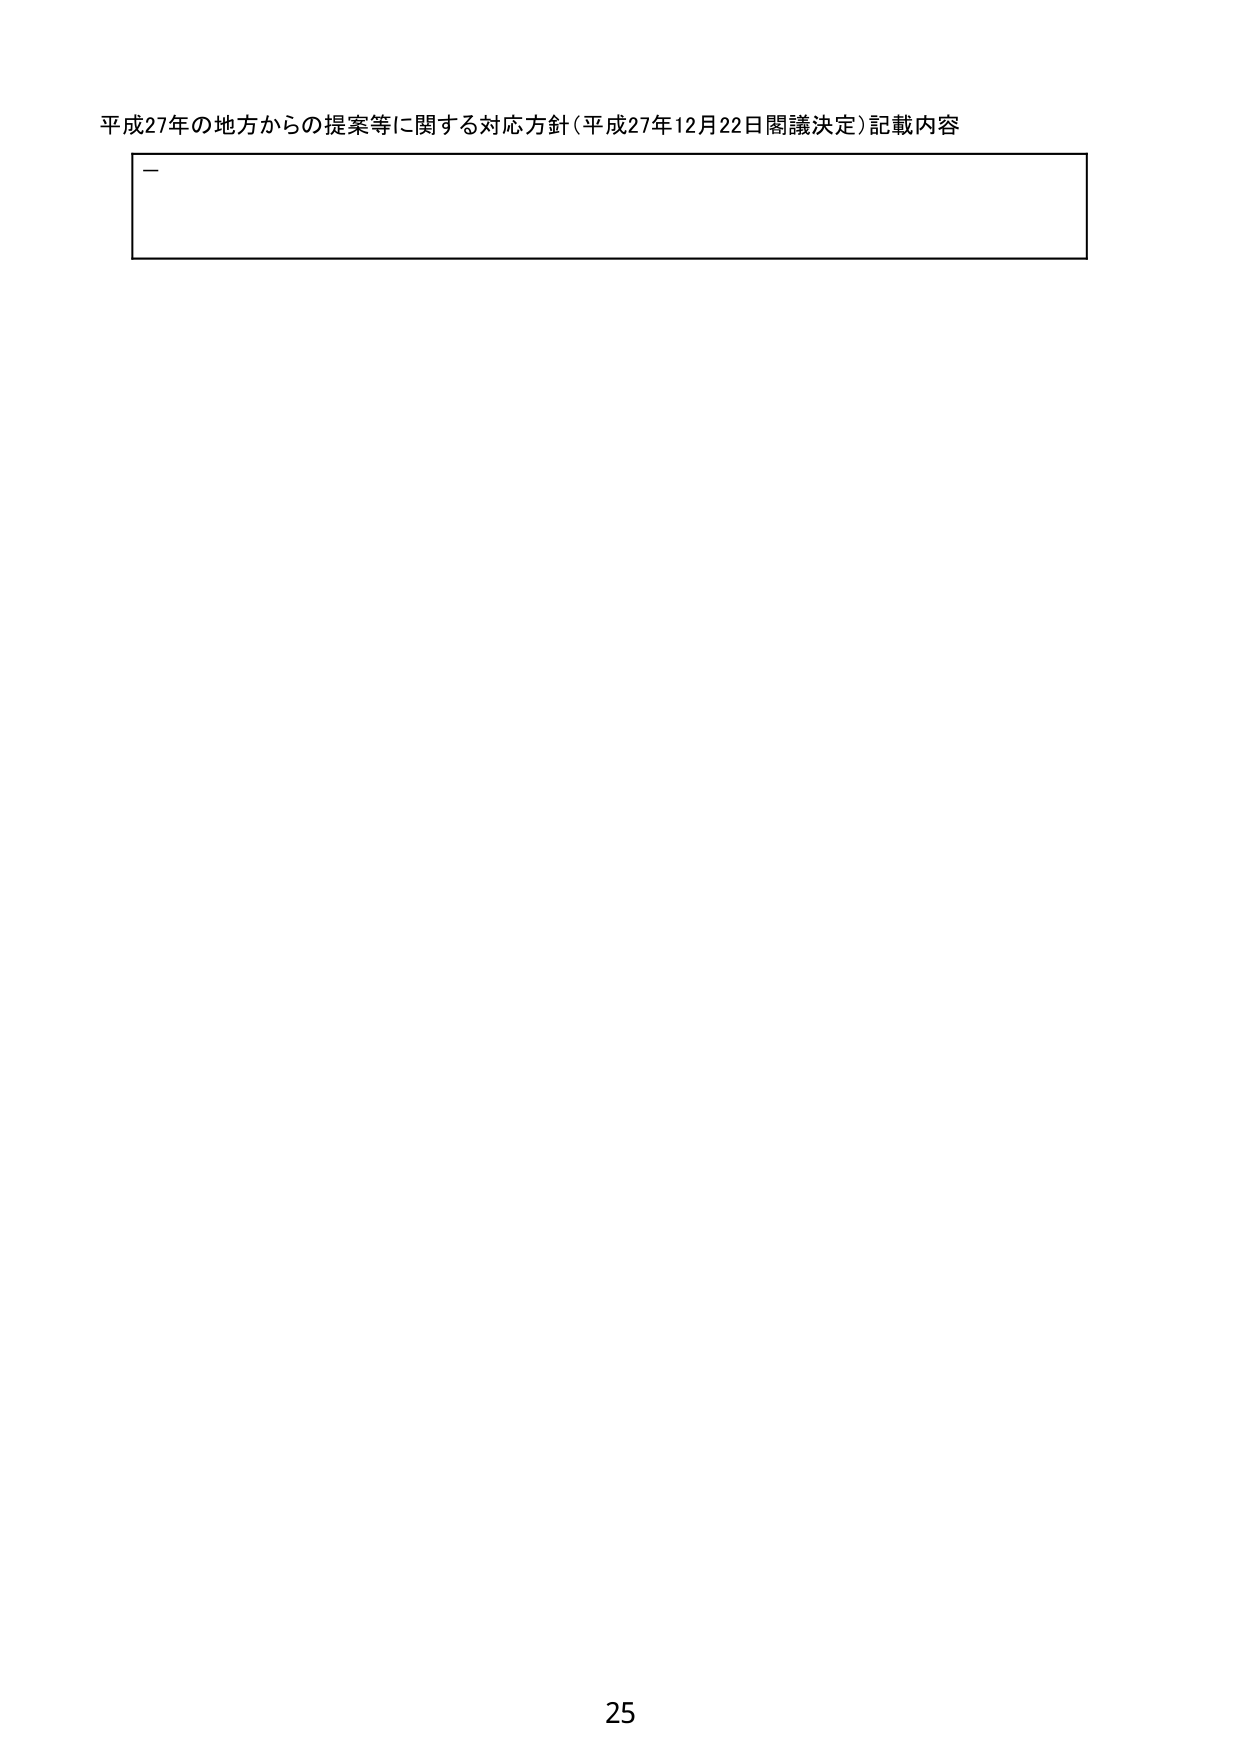
平成27年の地方からの提案等に関する対応方針（平成27年12月22日閣議決定）記載内容
ー
25